Indian journal of veterinary science and animal husbandry - Volume 9,
Year: 1939
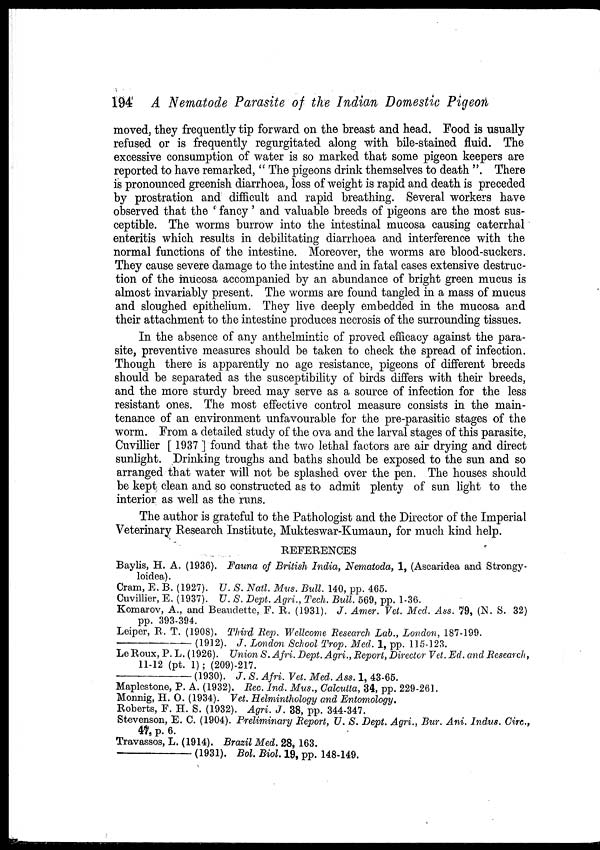
194 A Nematode Parasite of the Indian Domestic Pigeon
moved, they frequently tip forward on the breast and head. Food is usually
refused or is frequently regurgitated along with bile-stained fluid. The
excessive consumption of water is so marked that some pigeon keepers are
reported to have remarked, " The pigeons drink themselves to death ". There
is pronounced greenish diarrhoea, loss of weight is rapid and death is preceded
by prostration and difficult and rapid breathing. Several workers have
observed that the ' fancy' and valuable breeds of pigeons are the most sus-
ceptible. The worms burrow into the intestinal mucosa causing caterrhal
enteritis which results in debilitating diarrhoea and interference with the
normal functions of the intestine. Moreover, the worms are blood-suckers.
They cause severe damage to the intestine and in fatal cases extensive destruc-
tion of the mucosa accompanied by an abundance of bright green mucus is
almost invariably present. The worms are found tangled in a mass of mucus
and sloughed epithelium. They live deeply embedded in the mucosa and
their attachment to the intestine produces necrosis of the surrounding tissues.
In the absence of any anthelmintic of proved efficacy against the para-
site, preventive measures should be taken to check the spread of infection.
Though there is apparently no age resistance, pigeons of different breeds
should be separated as the susceptibility of birds differs with their breeds,
and the more sturdy breed may serve as a source of infection for the less
resistant ones. The most effective control measure consists in the main-
tenance of an environment unfavourable for the pre-parasitic stages of the
worm. From a detailed study of the ova and the larval stages of this parasite,
Cuvillier [ 1937 ] found that the two lethal factors are air drying and direct
sunlight. Drinking troughs and baths should be exposed to the sun and so
arranged that water will not be splashed over the pen. The houses should
be kept clean and so constructed as to admit plenty of sun light to the
interior as well as the runs.
The author is grateful to the Pathologist and the Director of the Imperial
Veterinary Research Institute, Mukteswar-Kumaun, for much kind help.
REFERENCES
Baylis, H. A. (1936). Fauna of British India, Nematoda, 1, (Ascaridea and Strongy-
loidea).
Cram, E. B. (1927). U. S. Natl. Mus. Bull. 140, pp. 465.
Cuvillier, E. (1937). U. S. Dept. Agri., Tech. Bull. 569, pp. 1-36.
Komarov, A., and Beaudette, F. R. (1931). J. Amer. Vet. Mcd. Ass. 79, (N. S. 32)
pp. 393-394.
Leiper, R. T. (1908). Third Rep. Wellcome Research Lab., London, 187-199.
—————— (1912). J. London School Trop. Med. 1, pp. 115-123.
Le Roux, P. L. (1926). Union S. Afri. Dept. Agri., Report, Director Vet. Ed. and Research,
11-12 (pt. 1) ; (209)-217.
—————— (1930). J. S. Afri. Vet. Med. Ass. 1, 43-65.
Maplestone, P. A. (1932). Rec. Ind. Mus., Calcutta, 34, pp. 229-261.
Monnig, H. O. (1934). Vet. Helminthology and Entomology.
Roberts, F. H. S. (1932). Agri. J. 38, pp. 344-347.
Stevenson, E. C. (1904). Preliminary Report, U. S. Dept. Agri., Bur. Ani. Indus. Circ.,
47 p. 6.
Travassos, L. (1914). Brazil Med. 28, 163.
—————— (1931). Bol. Biol. 19, pp. 148-149.